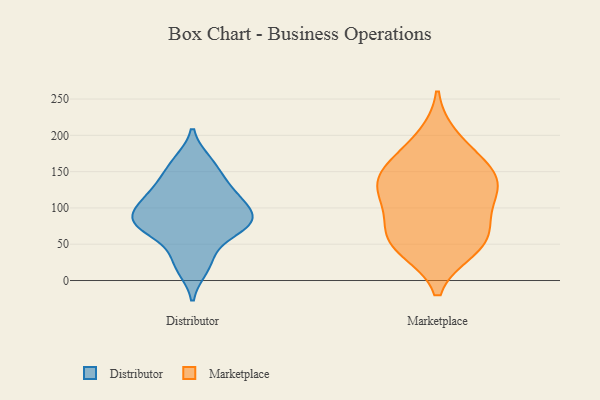
{"axis": {"x": "Net Income (USD K)", "y": "Value"}, "legend": ["Distributor", "Marketplace"], "data": [{"x": "", "y": 75, "type": "Distributor"}, {"x": "", "y": 76, "type": "Distributor"}, {"x": "", "y": 124, "type": "Distributor"}, {"x": "", "y": 156, "type": "Distributor"}, {"x": "", "y": 90, "type": "Distributor"}, {"x": "", "y": 113, "type": "Distributor"}, {"x": "", "y": 78, "type": "Distributor"}, {"x": "", "y": 87, "type": "Distributor"}, {"x": "", "y": 70, "type": "Distributor"}, {"x": "", "y": 18, "type": "Distributor"}, {"x": "", "y": 128, "type": "Distributor"}, {"x": "", "y": 30, "type": "Distributor"}, {"x": "", "y": 163, "type": "Distributor"}, {"x": "", "y": 103, "type": "Distributor"}, {"x": "", "y": 121, "type": "Marketplace"}, {"x": "", "y": 110, "type": "Marketplace"}, {"x": "", "y": 71, "type": "Marketplace"}, {"x": "", "y": 47, "type": "Marketplace"}, {"x": "", "y": 142, "type": "Marketplace"}, {"x": "", "y": 145, "type": "Marketplace"}, {"x": "", "y": 53, "type": "Marketplace"}, {"x": "", "y": 170, "type": "Marketplace"}, {"x": "", "y": 72, "type": "Marketplace"}, {"x": "", "y": 197, "type": "Marketplace"}, {"x": "", "y": 150, "type": "Marketplace"}, {"x": "", "y": 119, "type": "Marketplace"}, {"x": "", "y": 43, "type": "Marketplace"}]}